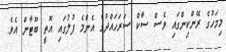
މިމަހުގެ ރޭންކިންގައި ވެސް ސާކް ސަރަހައްދުގެ އެންމެ ފުލުގައި އޮތީ ބޫޓާން އެވެ.